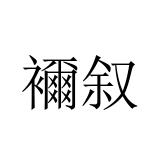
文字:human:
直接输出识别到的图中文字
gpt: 襧叙